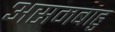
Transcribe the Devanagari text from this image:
असमबाहु